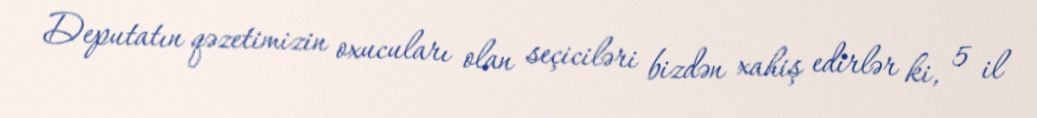
Deputatın qəzetimizin oxucuları olan seçiciləri bizdən xahiş edirlər ki, 5 il